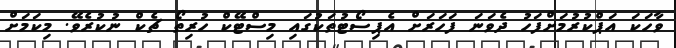
ވާހަކަ އަޕްކުރުމަށްފަހު ދެވަނަ ފަހަރަށް އެޕިސޯޓުތަކުގައި މިސްޓޭކް ހުރިތޯ ޗެކް ނުކުރެވޭ. މިކަމަށް